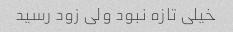
خیلی تازه نبود ولی زود رسید